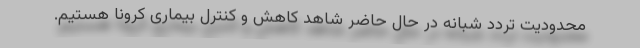
محدودیت تردد شبانه در حال حاضر شاهد کاهش و کنترل بیماری کرونا هستیم.